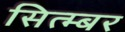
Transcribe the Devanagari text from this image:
सित्म्बर